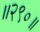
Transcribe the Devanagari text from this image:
॥२९०॥